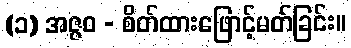
(၁) အဇ္ဇဝ - စိတ်ထားဖြောင့်မတ်ခြင်း။